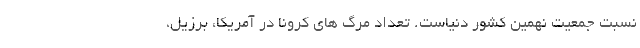
نسبت جمعیت نهمین کشور دنیاست. تعداد مرگ های کرونا در آمریکا، برزیل،